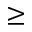
\ge